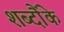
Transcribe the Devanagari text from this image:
शब्दौंके